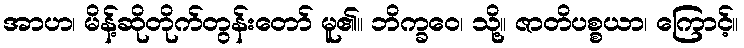
အာဟ၊ မိန့်ဆိုတိုက်တွန်းတော် မူ၏။ ဘိက္ခဝေ၊ သို့။ ဇာတိပစ္စယာ၊ ကြောင့်။